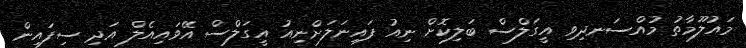
މައުލޫމާތު މުއްސަނދިވި އީގަލްސް ބަލިކޮށް ނިއު ފައިނަލަށްނިއު އީގަލްސް އޭވައިއެލް އަދި ސިފައިން